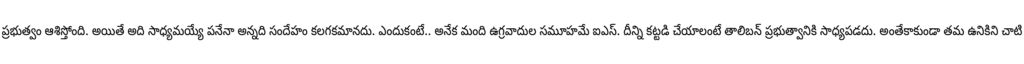
ప్రభుత్వం ఆశిస్తోంది. అయితే అది సాధ్యమయ్యే పనేనా అన్నది సందేహం కలగకమానదు. ఎందుకంటే.. అనేక మంది ఉగ్రవాదుల సమూహమే ఐఎస్. దీన్ని కట్టడి చేయాలంటే తాలిబన్ ప్రభుత్వానికి సాధ్యపడదు. అంతేకాకుండా తమ ఉనికిని చాటి